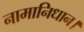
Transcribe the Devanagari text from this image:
नामानिधान।